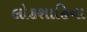
લોકશાહિના